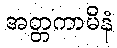
အတ္တကာမိနံ